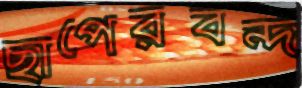
ছাপেরবন্দ